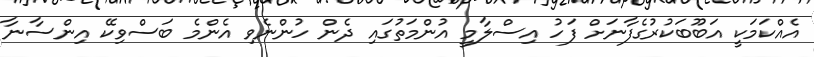
އެއްކަމަކީ އަބޫބަކުރުގެފާނަށް ފަހު އިސްލާމީ އުންމަތުގައި ދެން ހުންނެވި އެންމެ ބަސްވިކޭ އިންސާނާ